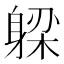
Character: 𬧪